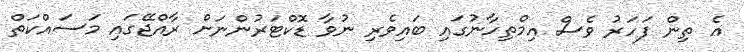
އެ ތިން ފަހަރު ވެސް އިމްތިހާނުގައި ބައިވެރި ނުވާ ޑޮކްޓަރުންނަށް ރާއްޖޭގައި މަސައްކަތް